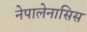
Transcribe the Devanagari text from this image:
नेपालेनासिस